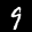
Label: 9